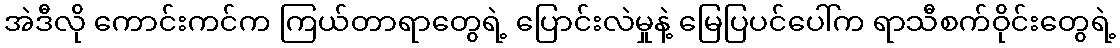
အဲဒီလို ကောင်းကင်က ကြယ်တာရာတွေရဲ့ ပြောင်းလဲမှုနဲ့ မြေပြပင်ပေါ်က ရာသီစက်ဝိုင်းတွေရဲ့